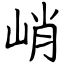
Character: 峭